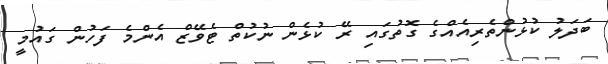
ބަދަލު ކުޅުންތެރިއެއްގެ ގޮތުގައި ރޭ ކުޅެން ނުކުތް ޓެވޭޒް އެންމެ ފަހުން ގައުމީ